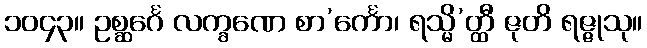
၁၀၄၃။ ဥစ္ဆင်္ဂေ လက္ခဏေ စာ’င်္ကော၊ ရသ္မိ’တ္ထီ ဇုတိ ရဇ္ဇုသု။